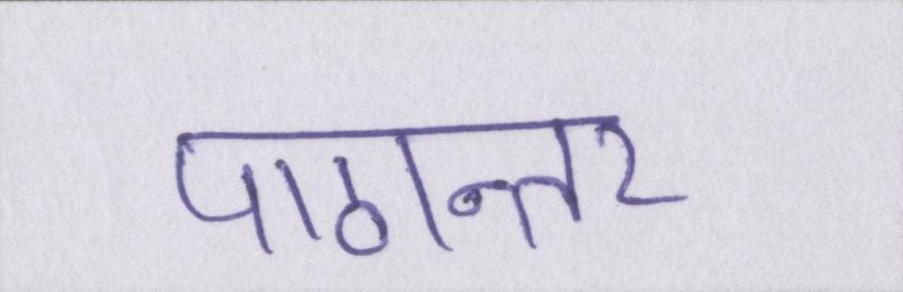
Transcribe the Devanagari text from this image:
पाठान्तर